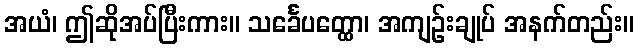
အယံ၊ ဤဆိုအပ်ပြီးကား။ သင်္ခေပတ္ထော၊ အကျဉ်းချုပ် အနက်တည်း။